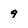
Character: 9